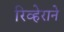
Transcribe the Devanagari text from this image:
रिव्हेराने